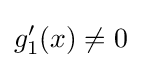
g_{1}'(x)\neq 0